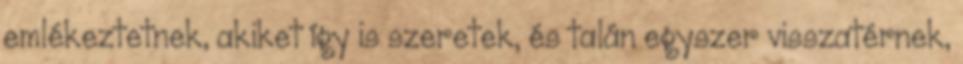
emlékeztetnek, akiket így is szeretek, és talán egyszer visszatérnek,